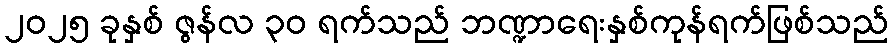
၂၀၂၅ ခုနှစ် ဇွန်လ ၃၀ ရက်သည် ဘဏ္ဍာရေးနှစ်ကုန်ရက်ဖြစ်သည်